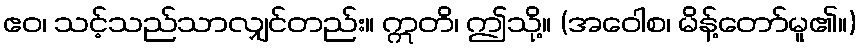
ဧဝ၊ သင့်သည်သာလျှင်တည်း။ ဣတိ၊ ဤသို့။ (အဝေါစ၊ မိန့်တော်မူ၏။)